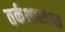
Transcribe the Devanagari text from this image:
तर्कशास्त्रास